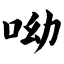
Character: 呦